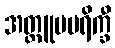
အတ္ထူပပရိက္ခီ